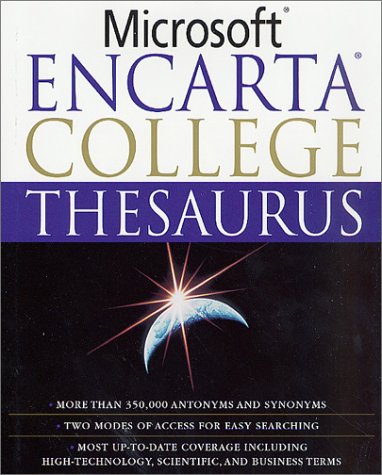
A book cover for Microsoft Encarta College Thesaurus; Reference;